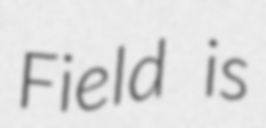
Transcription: Field is